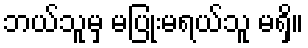
ဘယ်သူမှ မပြုံးမရယ်သူ မရှိ။